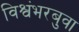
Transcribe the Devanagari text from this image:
विश्वंभरबुवा